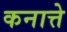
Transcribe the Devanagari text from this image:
कनात्ते